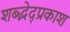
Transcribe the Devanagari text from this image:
शब्द्भेद्प्रकाश